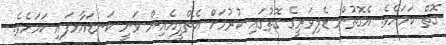
ގޮތް ކަމަށެވެ. އެގޮތުން ޑެލިވަރީގެ ގޮތުގައި ކުރުމަށް އެޗްޕީއެއިން ވަނީ ކަނޑައާޅފައި ކަމަށެވެ.